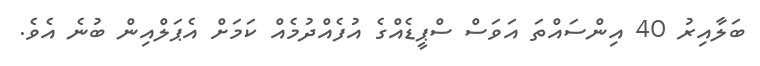
ބަލާއިރު 40 އިންސައްތަ އަވަސް ސްޕީޑެއްގެ އުފެއްދުމެއް ކަމަށް އެޕަލްއިން ބުނެ އެވެ.